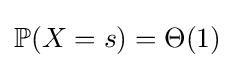
\mathbb {P} (X=s)=\Theta (1)